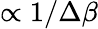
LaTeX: \propto 1/\Delta\beta